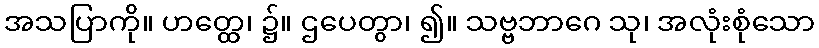
အသပြာကို။ ဟတ္ထေ၊ ၌။ ဌပေတွာ၊ ၍။ သဗ္ဗဘာဂေ သု၊ အလုံးစုံသော